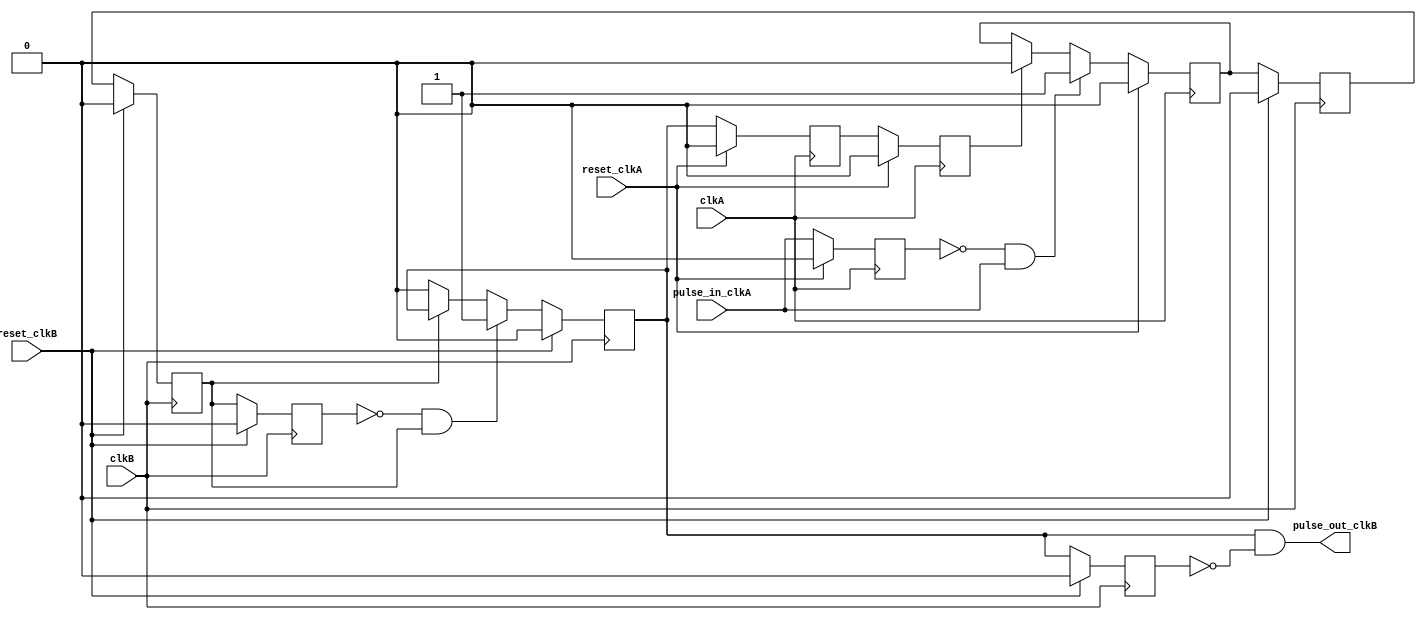
///////////////////////////////////////////////////////////////////////////////
// $Id: pulse_synchronizer.v 1887 2007-06-19 21:33:32Z grg $
//
// Module: pulse_synchronizer.v
// Project: UNET-SWITCH4-64bit-wbs
// Description: transforms a pulse from one domain into a pulse in another domain
//              note that the arriving pulses should be separated by around 5 cycles
//              in each domain.
//
///////////////////////////////////////////////////////////////////////////////
`timescale 1ns/1ps
  module pulse_synchronizer
    ( input pulse_in_clkA,
      input clkA,
      output pulse_out_clkB,
      input clkB,
      input reset_clkA,
      input reset_clkB
      );

   reg 	    ackA;
   reg 	    ackB;

   reg 	    ackA_synch;
   reg 	    ackA_clkB;
   reg 	    ackB_synch;
   reg 	    ackB_clkA;

   reg 	    pulse_in_clkA_d1;
   reg 	    ackA_clkB_d1;
   reg 	    ackB_d1;

   /* detect rising edges in clkA domain, set the ackA signal
    * until the pulse is acked from the other domain */
   always @(posedge clkA) begin
      if(reset_clkA) begin
	 ackA <= 0;
      end
      else if(!pulse_in_clkA_d1 & pulse_in_clkA) begin
	 ackA <= 1;
      end
      else if(ackB_clkA) begin
	 ackA <= 0;
      end
   end // always @ (posedge clkA)

   /* detect the rising edge of ackA and set ackB until ackA falls */
   always @(posedge clkB) begin
      if(reset_clkB) begin
	 ackB <= 0;
      end
      else if(!ackA_clkB_d1 & ackA_clkB) begin
	 ackB <= 1;
      end
      else if(!ackA_clkB) begin
	 ackB <= 0;
      end
   end // always @ (posedge clkB)

   /* detect rising edge of ackB and send pulse */
   assign pulse_out_clkB = ackB & !ackB_d1;

   /* synchronize the ack signals */
   always @(posedge clkA) begin
      if(reset_clkA) begin
	 pulse_in_clkA_d1 <= 0;
	 ackB_synch <= 0;
	 ackB_clkA <= 0;
      end
      else begin
	 pulse_in_clkA_d1 <= pulse_in_clkA;
	 ackB_synch <= ackB;
	 ackB_clkA <= ackB_synch;
      end
   end

   /* synchronize the ack signals */
   always @(posedge clkB) begin
      if(reset_clkB) begin
	 ackB_d1 <= 0;
	 ackA_synch <= 0;
	 ackA_clkB <= 0;
	 ackA_clkB_d1 <= 0;
      end
      else begin
	 ackB_d1 <= ackB;
	 ackA_synch <= ackA;
	 ackA_clkB <= ackA_synch;
	 ackA_clkB_d1 <= ackA_clkB;
      end
   end

endmodule // pulse_synchronizer